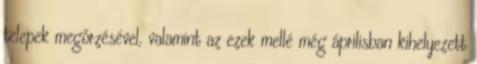
telepek megőrzésével, valamint az ezek mellé még áprilisban kihelyezett